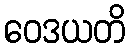
ဝေဒယတိ